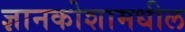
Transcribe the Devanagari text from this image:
ज्ञानकोशामधील